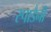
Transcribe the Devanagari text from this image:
स्पाडैनी